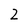
Character: 2